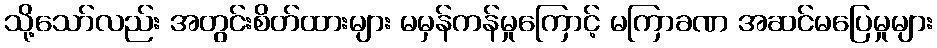
သို့သော်လည်း အတွင်းစိတ်ထားများ မမှန်ကန်မှုကြောင့် မကြာခဏ အဆင်မပြေမှုများ